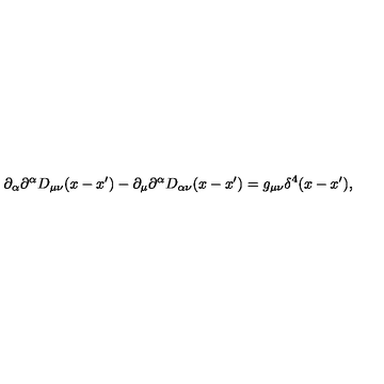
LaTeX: \partial _ { \alpha } \partial ^ { \alpha } D _ { \mu \nu } ( x - x ^ { \prime } ) - \partial _ { \mu } \partial ^ { \alpha } D _ { \alpha \nu } ( x - x ^ { \prime } ) = g _ { \mu \nu } \delta ^ { 4 } ( x - x ^ { \prime } ) ,